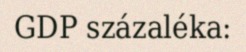
GDP százaléka: